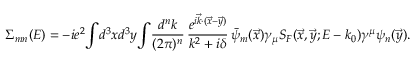
\Sigma _ { m n } ( E ) = - i e ^ { 2 } \! \int \! d ^ { 3 } x d ^ { 3 } y \! \int \! { \frac { d ^ { n } k } { ( 2 \pi ) ^ { n } } } \, { \frac { e ^ { i \vec { k } \cdot ( \vec { x } - \vec { y } ) } } { k ^ { 2 } + i \delta } } \, \bar { \psi } _ { m } ( \vec { x } ) \gamma _ { \mu } S _ { F } ( \vec { x } , \vec { y } ; E - k _ { 0 } ) \gamma ^ { \mu } \psi _ { n } ( \vec { y } ) .